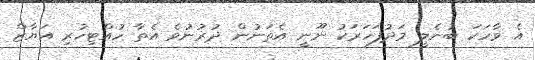
އެ ވާހަކަ ބުނެލީ މަދުފަހަރަކު ނޫނީ އެތަނުން ދުރުނުވެ އެތާ ހުއްޓިހުރި އަޔާޒް